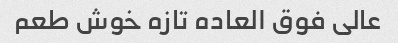
عالی فوق العاده تازه خوش طعم